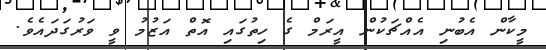
މީކާން އެބުނި އެއްޗަކުން އީރަމް ގެ ހިތުގައި އޮތް އަޒުމު ވީ ވަރުގަދައެވެ.